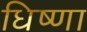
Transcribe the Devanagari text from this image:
धिष्णा